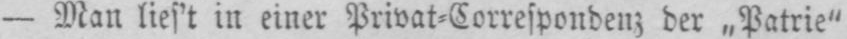
- Man liest in einer Privat⸗Correspondenz; der „Patrie”